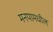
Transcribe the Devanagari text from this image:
मनपामधील